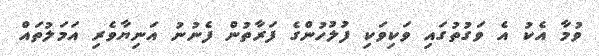
ވުމާ އެކު އެ ވަގުތުގައި ވަކިވަކި ފުލުހުންގެ ފަރާތުން ފެނުނު އަނިޔާވެރި އަމަލުތައް